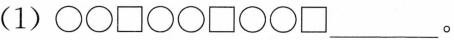
（1）\bigcirc \bigcirc \Box \bigcirc \bigcirc \Box \bigcirc \bigcirc \Box___。